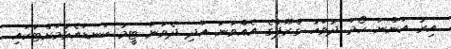
އިރު އަންނަ ހޯމަ ދުވަހު ގްރޫޕްގެ އެއްވަނަ އަދި ދެވަނަ ޓީމު ކަނޑައެޅުމަށްޓަކައި